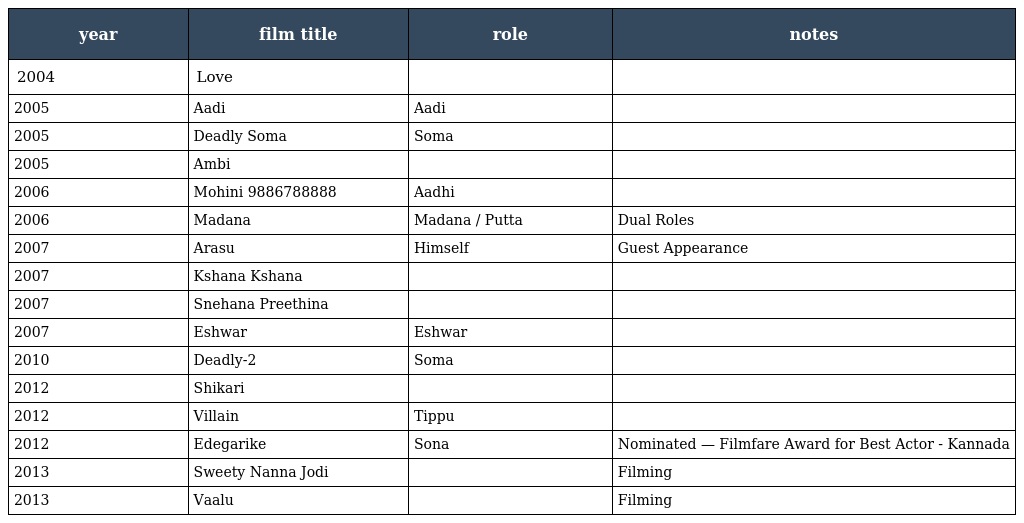
| year | film title | role | notes |
 | --- | --- | --- | --- |
 | 2004 | Love |  |  |
 | 2005 | Aadi | Aadi |  |
 | 2005 | Deadly Soma | Soma |  |
 | 2005 | Ambi |  |  |
 | 2006 | Mohini 9886788888 | Aadhi |  |
 | 2006 | Madana | Madana / Putta | Dual Roles |
 | 2007 | Arasu | Himself | Guest Appearance |
 | 2007 | Kshana Kshana |  |  |
 | 2007 | Snehana Preethina |  |  |
 | 2007 | Eshwar | Eshwar |  |
 | 2010 | Deadly-2 | Soma |  |
 | 2012 | Shikari |  |  |
 | 2012 | Villain | Tippu |  |
 | 2012 | Edegarike | Sona | Nominated — Filmfare Award for Best Actor - Kannada |
 | 2013 | Sweety Nanna Jodi |  | Filming |
 | 2013 | Vaalu |  | Filming |